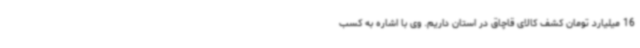
16 میلیارد تومان کشف کالای قاچاق در استان داریم. وی با اشاره به کسب